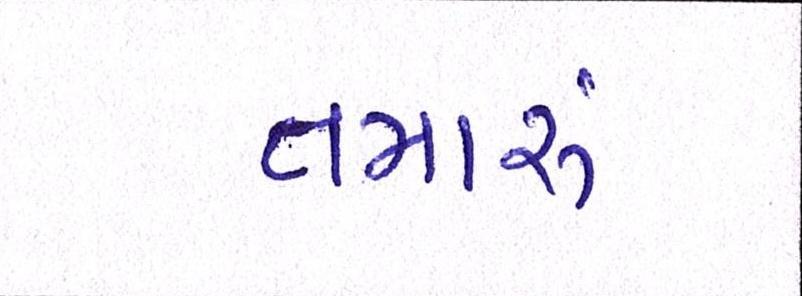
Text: તમારું